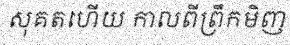
សុគតហើយ កាលពីព្រឹកមិញ